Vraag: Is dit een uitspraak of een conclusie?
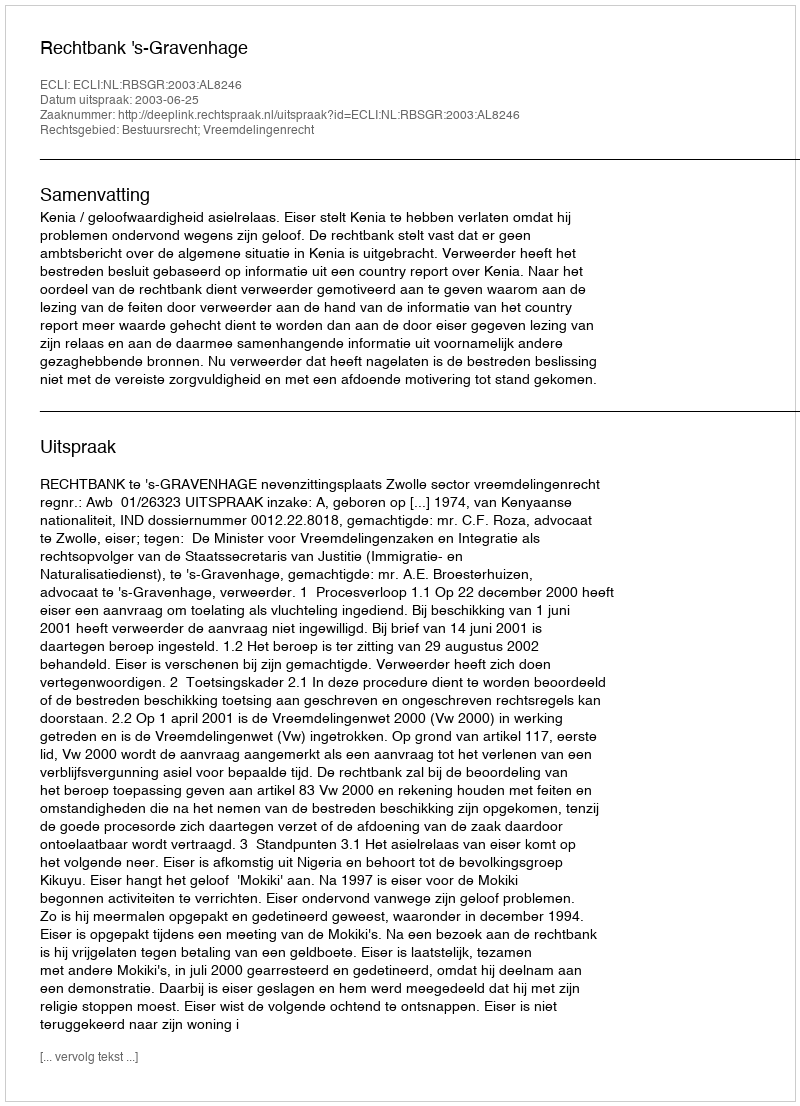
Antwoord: Uitspraak